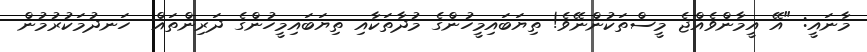
މާނައީ: "އޭ އީމާންވެއްޖެ މީސްތަކުންނޭވެ! ތިޔަބައިމީހުންގެ މުދާތަކާއި ތިޔަބައިމީހުންގެ ދަރިންތައް  ހަނދުމަކުރުމުން